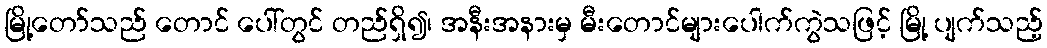
မြို့တော်သည် တောင် ပေါ်တွင် တည်ရှိ၍၊ အနီးအနားမှ မီးတောင်များပေါက်ကွဲသဖြင့် မြို့ ပျက်သည့်